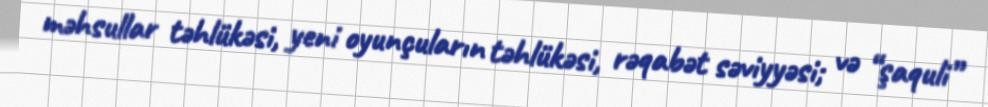
məhsullar təhlükəsi, yeni oyunçuların təhlükəsi, rəqabət səviyyəsi; və “şaquli”